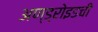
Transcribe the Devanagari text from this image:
अण्ड्रोइडची